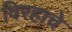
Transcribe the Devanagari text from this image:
विरहाचे